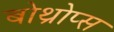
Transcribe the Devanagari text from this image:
बोथ्रोप्स